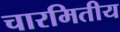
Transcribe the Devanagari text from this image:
चारमितीय